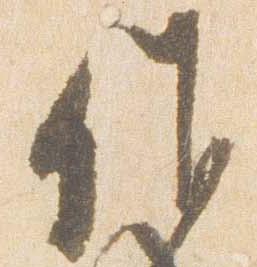
候